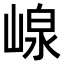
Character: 㟫